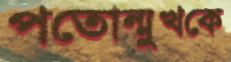
পতোন্মুখকে